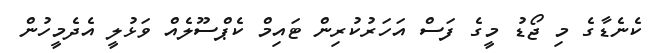
ކެނެޑާގެ މި ޖޯޑު މީގެ ފަސް އަހަރުކުރިން ޓައިމް ކެޕްސޫލެއް ވަޅުލީ އެދެމީހުން